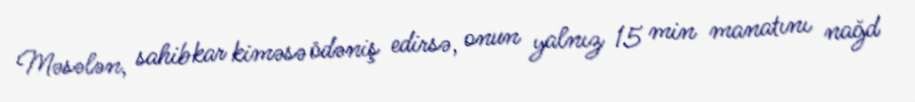
Məsələn, sahibkar kiməsə ödəniş edirsə, onun yalnız 15 min manatını nağd